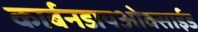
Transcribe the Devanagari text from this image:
कार्बनडायओक्साईड